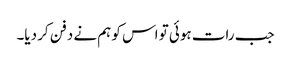
جب رات ہوئی تو اس کو ہم نے دفن کر دیا۔